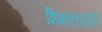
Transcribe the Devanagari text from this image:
शिक्षकासाठी